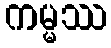
ကမ္မဿ